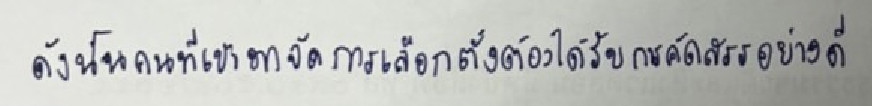
ดังนั้นคนที่เข้ามาจัดการเลือกตั้งต้องได้รับการคัดสรรอย่างดี